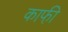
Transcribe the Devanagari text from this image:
काफी़